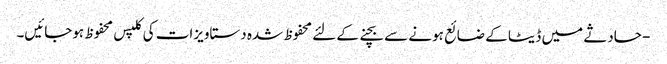
- حادثے میں ڈیٹا کے ضائع ہونے سے بچنے کے لئے محفوظ شدہ دستاویزات کی کلپس محفوظ ہوجائیں۔